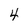
Character: 4